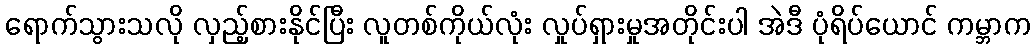
ရောက်သွားသလို လှည့်စားနိုင်ပြီး လူတစ်ကိုယ်လုံး လှုပ်ရှားမှုအတိုင်းပါ အဲဒီ ပုံရိပ်ယောင် ကမ္ဘာက